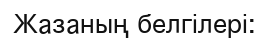
Жазаның белгілері: